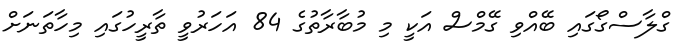
ގްލާސްގޯގައި ބޭއްވި ގޭމްސް އަކީ މި މުބާރާތުގެ 84 އަހަރުވީ ތާރީހުގައި މިހާތަނަށް